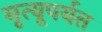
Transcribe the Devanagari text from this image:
मृत्यूपर्यत